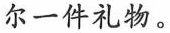
尔一件礼物。